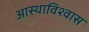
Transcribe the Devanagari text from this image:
आस्थाविश्वास